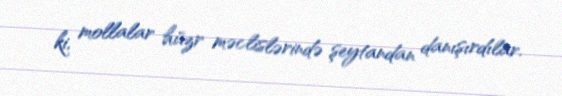
ki, mollalar hüzr məclislərində şeytandan danışırdılar.